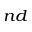
^ { n d }